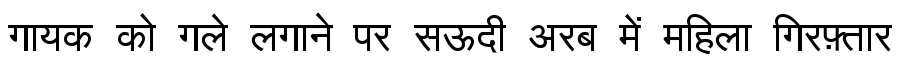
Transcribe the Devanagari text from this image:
गायक को गले लगाने पर सऊदी अरब में महिला गिरफ़्तार